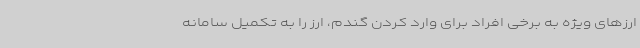
ارزهای ویژه به برخی افراد برای وارد کردن گندم، ارز را به تکمیل سامانه